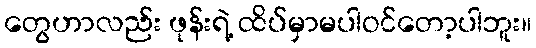
တွေဟာလည်း ဖုန်းရဲ့ ထိပ်မှာမပါဝင်တော့ပါဘူး။